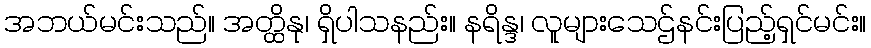
အဘယ်မင်းသည်။ အတ္ထိနု၊ ရှိပါသနည်း။ နရိန္ဒ၊ လူများသေဌ်နင်းပြည့်ရှင်မင်း။